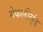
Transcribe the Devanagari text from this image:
मेकलील्ंड